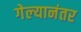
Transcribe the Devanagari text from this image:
गेल्‍यानंतर